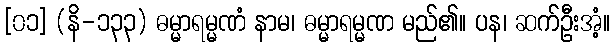
[၀၁] (နိ-၁၃၃) ဓမ္မာရမ္မဏံ နာမ၊ ဓမ္မာရမ္မဏ မည်၏။ ပန၊ ဆက်ဦးအံ့။